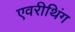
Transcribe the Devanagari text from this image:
एवरीथिंग